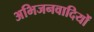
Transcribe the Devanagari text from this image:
अभिजनवादियों